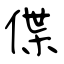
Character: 偞